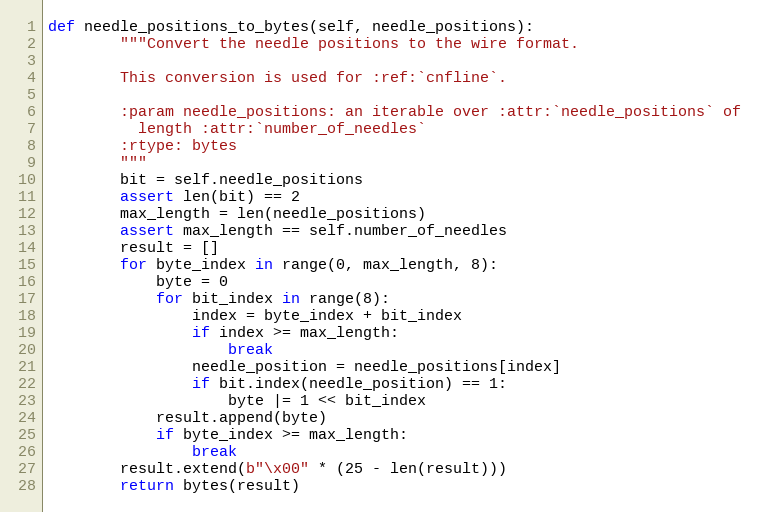
Language: Python
def needle_positions_to_bytes(self, needle_positions):
        """Convert the needle positions to the wire format.

        This conversion is used for :ref:`cnfline`.

        :param needle_positions: an iterable over :attr:`needle_positions` of
          length :attr:`number_of_needles`
        :rtype: bytes
        """
        bit = self.needle_positions
        assert len(bit) == 2
        max_length = len(needle_positions)
        assert max_length == self.number_of_needles
        result = []
        for byte_index in range(0, max_length, 8):
            byte = 0
            for bit_index in range(8):
                index = byte_index + bit_index
                if index >= max_length:
                    break
                needle_position = needle_positions[index]
                if bit.index(needle_position) == 1:
                    byte |= 1 << bit_index
            result.append(byte)
            if byte_index >= max_length:
                break
        result.extend(b"\x00" * (25 - len(result)))
        return bytes(result)